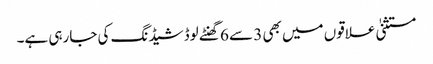
مستثنیٰ علاقوں میں بھی 3 سے 6 گھنٹے لوڈشیڈنگ کی جارہی ہے۔